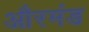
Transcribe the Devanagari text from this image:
औरमंड